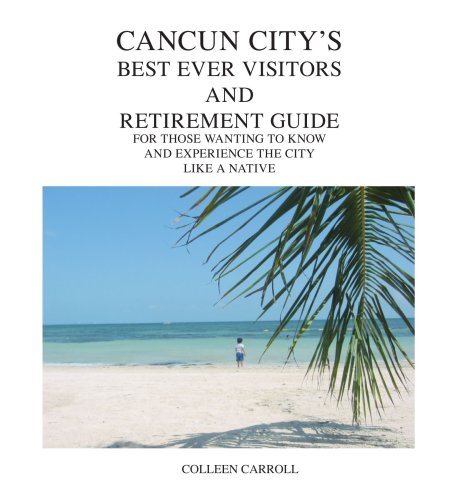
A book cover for Cancun City's Best Ever Visitors And Retirement Guide: For Those Wanting to Know and Experience the City Like a Native; Colleen Carroll; Travel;